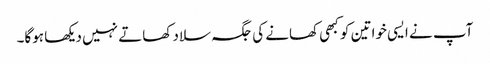
آپ نے ایسی خواتین کو کبھی کھانے کی جگہ سلاد کھاتے نہیں دیکھا ہوگا۔